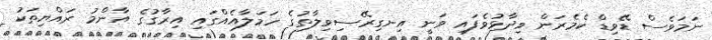
ނަމަވެސް ޑޭވިޑް ކެމެރަން ވިދާޅުވެފައި ވަނީ އިނގިރޭސިވިލާތުގެ ހަމަލާއެއްގައި އިރާގުގެ އާންމު ރައްޔިތަކު